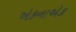
એકનાએક